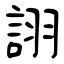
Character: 詡